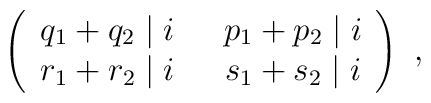
\left( \begin{array}{cc} q_1 + q_2 \mid i & ~~p_1 + p_2 \mid i \\r_1 + r_2 \mid i & ~~s_1 + s_2 \mid i \end{array} \right)~,